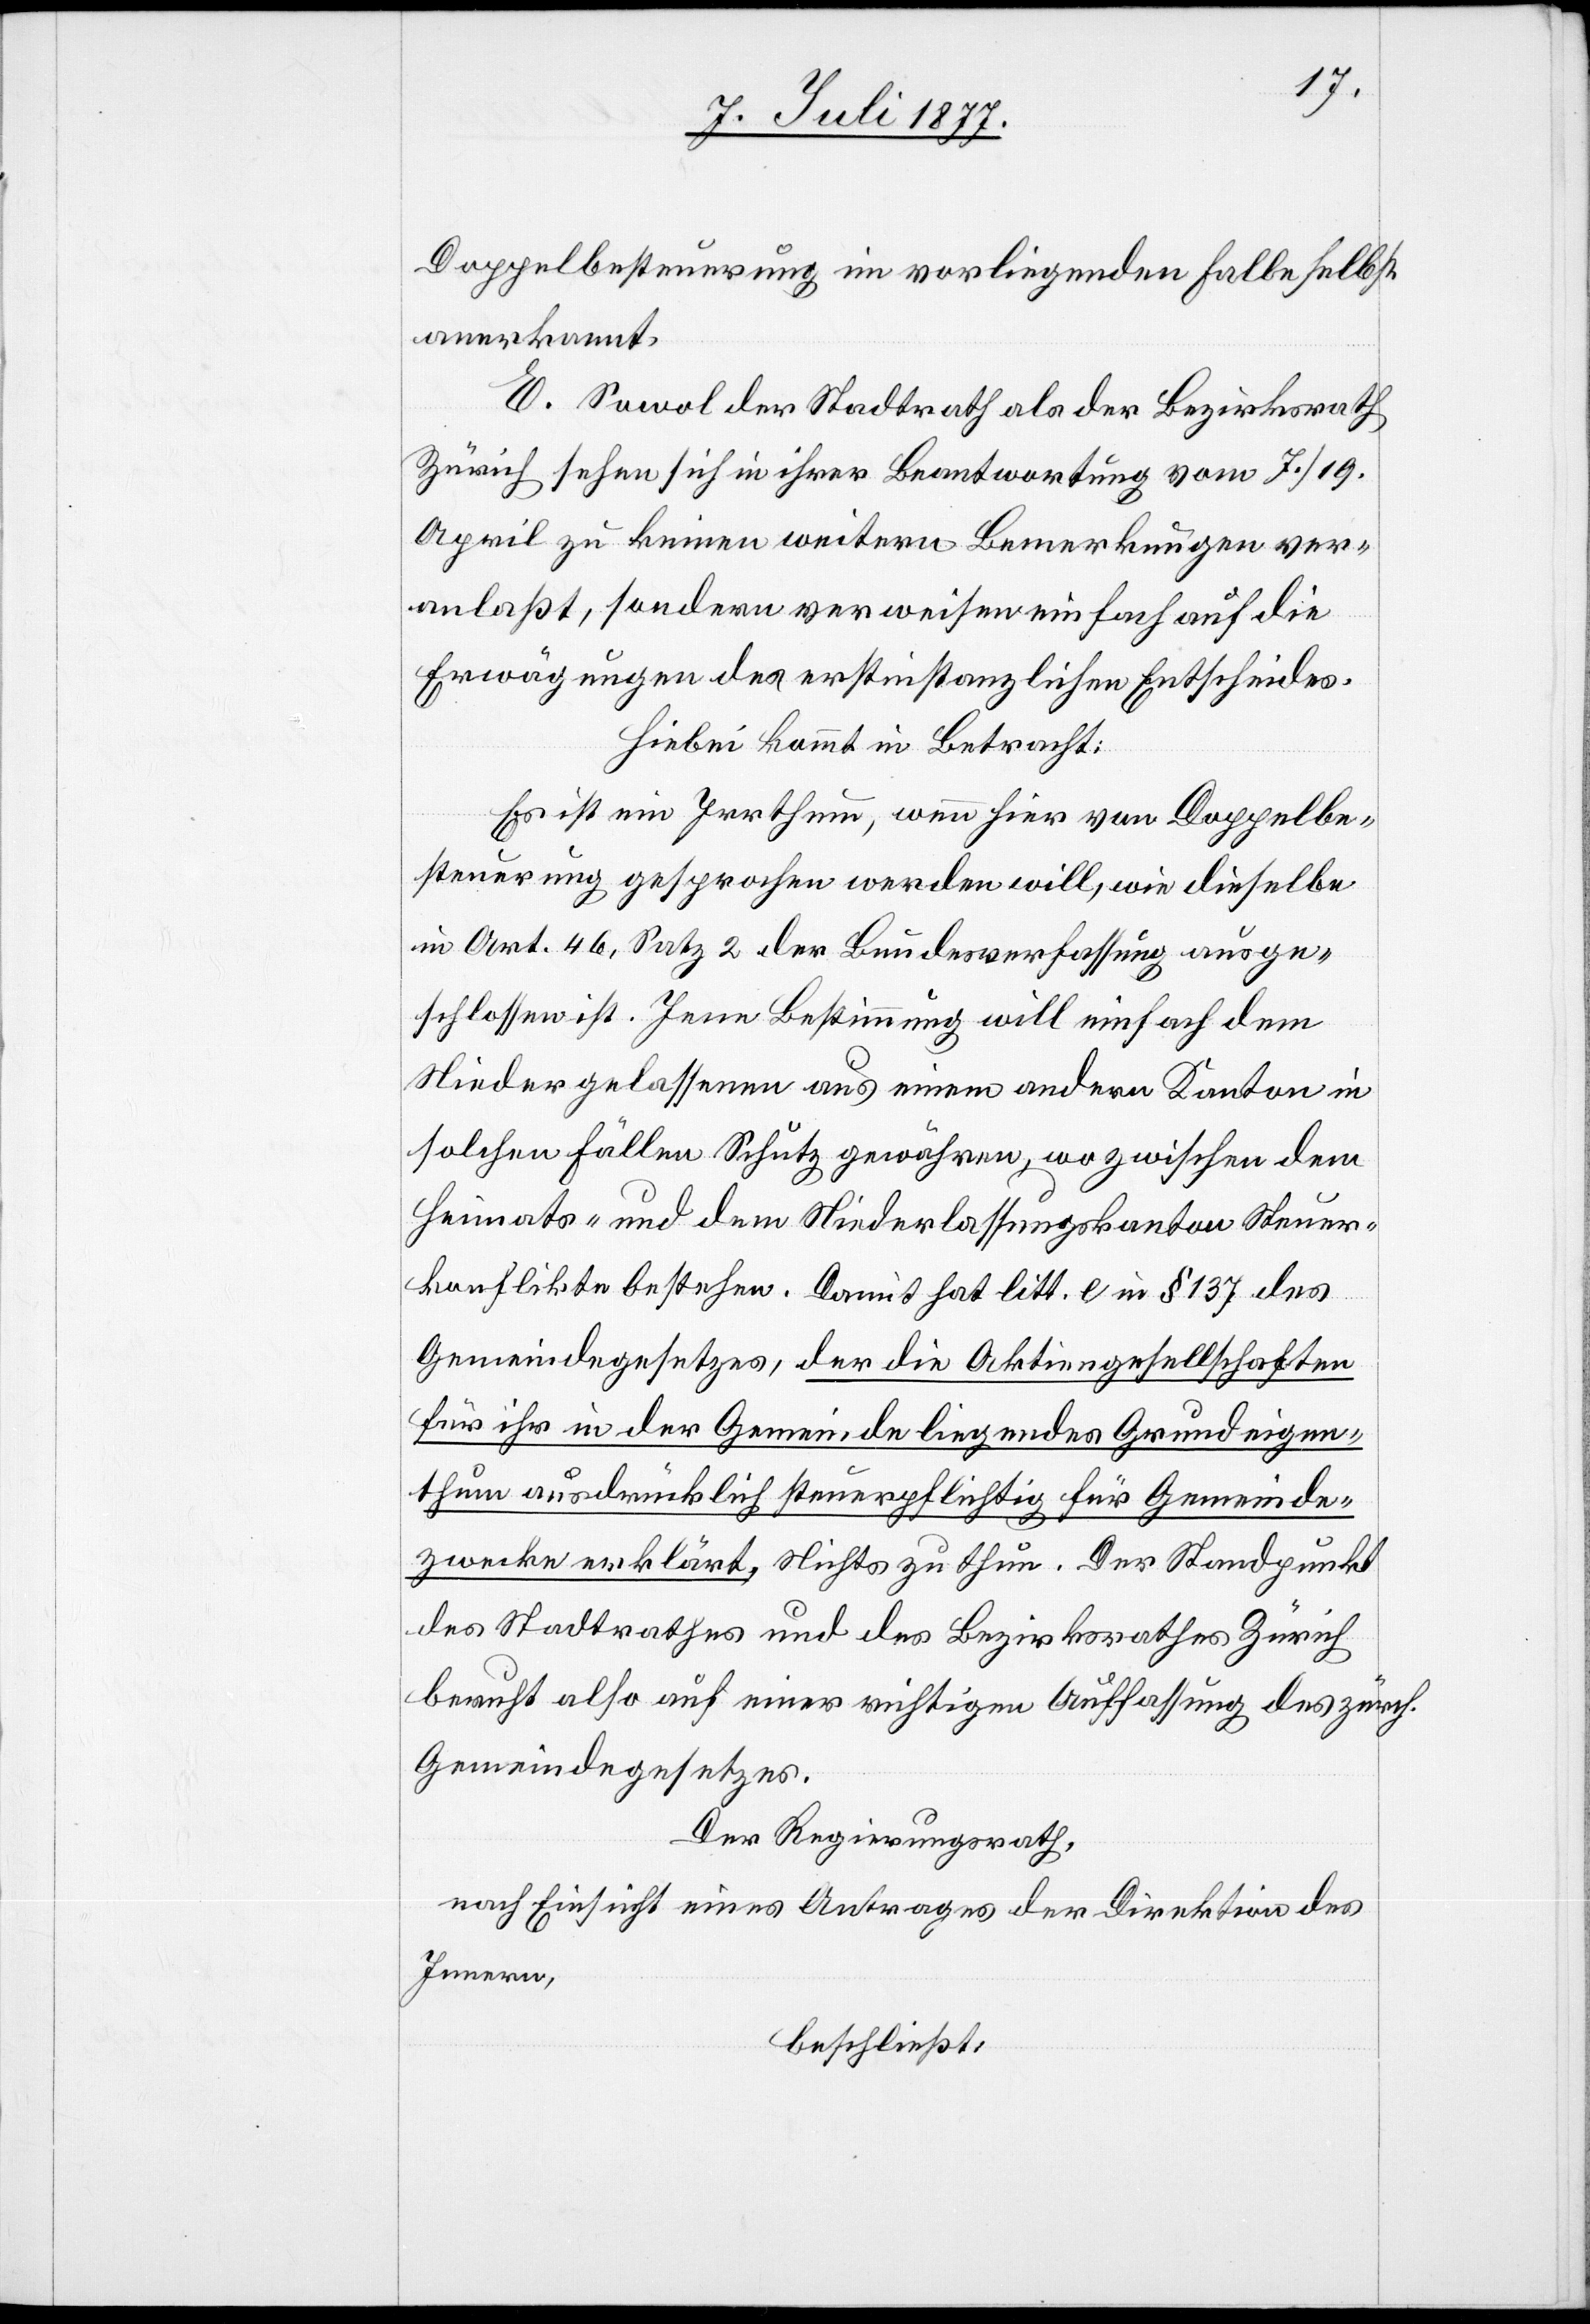
Doppelbesteuerung im vorliegenden Falle selbst
anerkannt.
E. Sowol der Stadtrath als der Bezirksrath
Zürich sehen sich in ihrer Beantwortung vom 7./19.
April zu keinen weitern Bemerkungen ver¬
anlaßt, sondern verweisen einfach auf die
Erwägungen des erstinstanzlichen Entscheides.
Hiebei kommt in Betracht:
Es ist ein Irrthum, wenn hier von Doppelbe¬
steuerung gesprochen werden will, wie dieselbe
in Art. 46, Satz 2 der Bundesverfassung ausge¬
schlossen ist. Jene Bestimmung will einfach dem
Niedergelassenen aus einem andern Kanton in
solchen Fällen Schutz gewähren, wo zwischen dem
Heimats- und dem Niederlassungskanton Steuer¬
konflikte bestehen. Damit hat litt. e in § 137 des
Gemeindegesetzes, der die Aktiengesellschaften
für ihr in der Gemeinde liegendes Grundeigen¬
thum ausdrücklich steuerpflichtig für Gemeinde¬
zwecke erklärt, Nichts zu thun. Der Standpunkt
des Stadtrathes und des Bezirksrathes Zürich
beruht also auf einer richtigen Auffassung des zürch.
Gemeindegesetzes.
Der Regierungsrath,
nach Einsicht eines Antrages der Direktion des
Innern,
beschließt: